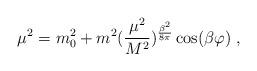
LaTeX: \begin{align*}\mu^2=m_0^2+m^2({\frac {\mu^2}{M^2}})^ {{\frac {\beta^2}{8\pi}}}\cos(\beta\varphi) \;,\end{align*}